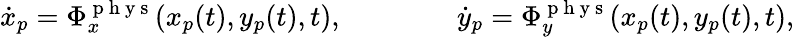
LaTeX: \dot{x}_{p}=\Phi_{x}^{\mathrm{~p~h~y~s~}}(x_{p}(t),y_{p}(t),t),\qquad\qquad\dot{y}_{p}=\Phi_{y}^{\mathrm{~p~h~y~s~}}(x_{p}(t),y_{p}(t),t),